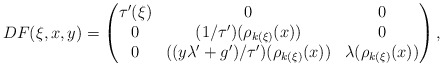
\begin{align*}D F ( \xi , x , y )=\left(\begin{matrix}\tau ' (\xi)&0&0 \\0&(1 / \tau ') ( \rho _{k(\xi)} (x) )&0 \\0&((y \lambda ' + g') / \tau ') ( \rho _{k(\xi)} (x) )&\lambda ( \rho _{k (\xi)} (x) )\end{matrix} \right) ,\end{align*}